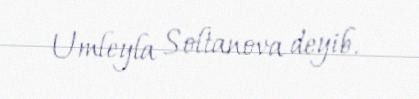
Umleyla Soltanova deyib.